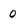
Character: 0